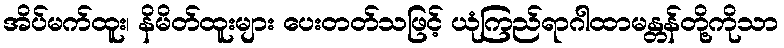
အိပ်မက်ထူး၊ နိမိတ်ထူးများ ပေးတတ်သဖြင့် ယုံကြည်ရာဂါထာမန္တန်တို့ကိုသာ